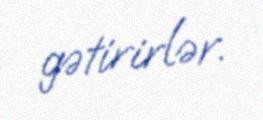
gətirirlər.